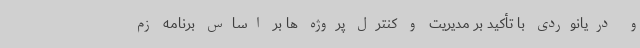
و دریانوردی با تأکید بر مدیریت و کنترل پروژه ها بر اساس برنامه زم